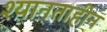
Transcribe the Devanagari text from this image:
श्यानताहीन